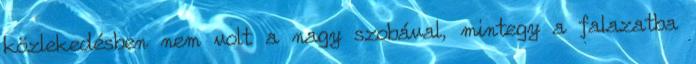
közlekedésben nem volt a nagy szobával, mintegy a falazatba